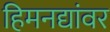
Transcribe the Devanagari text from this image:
हिमनद्यांवर